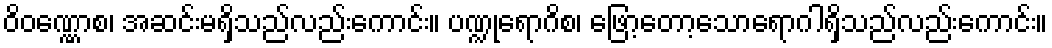
ဝိဝဏ္ဏောစ၊ အဆင်းမရှိသည်လည်းကောင်း။ ပဏ္ဍုရောဂိစ၊ ဖြော့တော့သောရောဂါရှိသည်လည်းကောင်း။